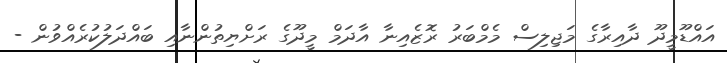
އައްޑޫމީދޫ ދާއިރާގެ މަޖިލިސް މެމްބަރު ރޮޒެއިނާ އާދަމް މީދޫގެ ރަށްޔިތުންނާއި ބައްދަލުކުރެއްވުން -